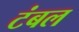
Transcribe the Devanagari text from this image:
टंबल